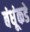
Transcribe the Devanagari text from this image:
बंधूंकडे